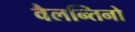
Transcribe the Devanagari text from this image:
वैलन्तिनो